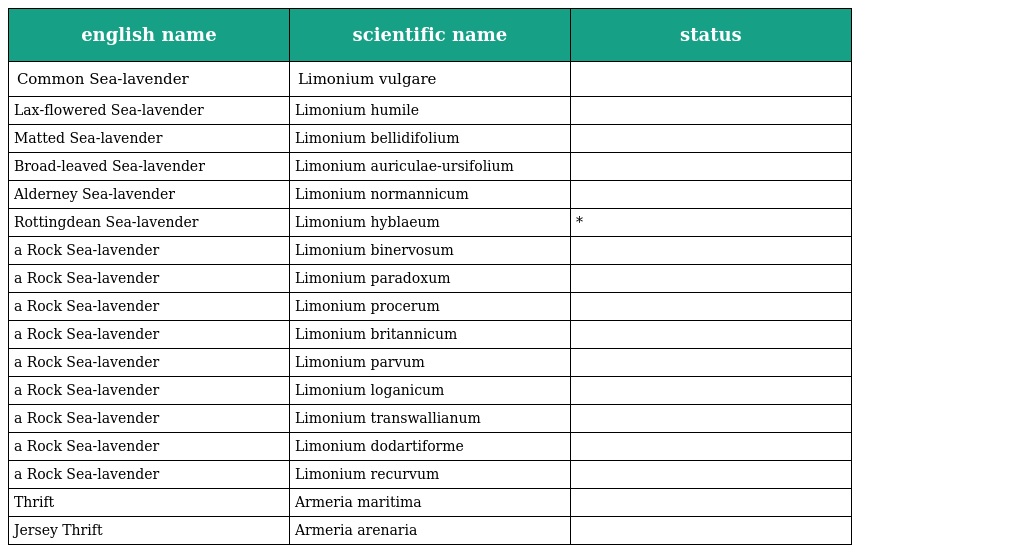
| english name | scientific name | status |
 | --- | --- | --- |
 | Common Sea-lavender | Limonium vulgare |  |
 | Lax-flowered Sea-lavender | Limonium humile |  |
 | Matted Sea-lavender | Limonium bellidifolium |  |
 | Broad-leaved Sea-lavender | Limonium auriculae-ursifolium |  |
 | Alderney Sea-lavender | Limonium normannicum |  |
 | Rottingdean Sea-lavender | Limonium hyblaeum | * |
 | a Rock Sea-lavender | Limonium binervosum |  |
 | a Rock Sea-lavender | Limonium paradoxum |  |
 | a Rock Sea-lavender | Limonium procerum |  |
 | a Rock Sea-lavender | Limonium britannicum |  |
 | a Rock Sea-lavender | Limonium parvum |  |
 | a Rock Sea-lavender | Limonium loganicum |  |
 | a Rock Sea-lavender | Limonium transwallianum |  |
 | a Rock Sea-lavender | Limonium dodartiforme |  |
 | a Rock Sea-lavender | Limonium recurvum |  |
 | Thrift | Armeria maritima |  |
 | Jersey Thrift | Armeria arenaria |  |